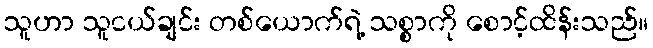
သူဟာ သူငယ်ချင်း တစ်ယောက်ရဲ့ သစ္စာကို စောင့်ထိန်းသည်။